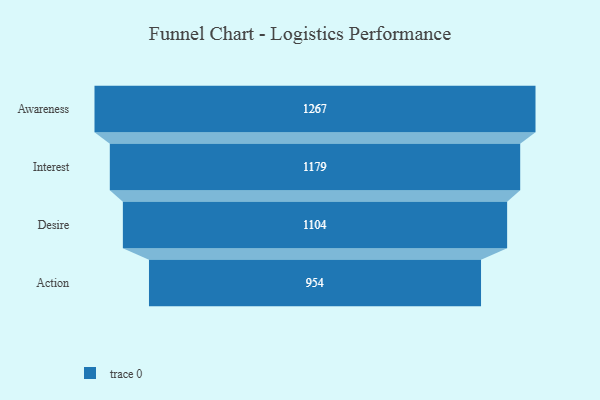
{"axis": {"x": "Stage", "y": "Value"}, "legend": [""], "data": [{"x": "Awareness", "y": 1267.0, "type": ""}, {"x": "Interest", "y": 1179.0, "type": ""}, {"x": "Desire", "y": 1104.0, "type": ""}, {"x": "Action", "y": 954.0, "type": ""}]}